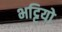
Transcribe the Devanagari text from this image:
भट्टियो